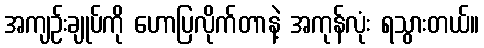
အကျဉ်းချုပ်ကို ဟောပြလိုက်တာနဲ့ အကုန်လုံး ရသွားတယ်။